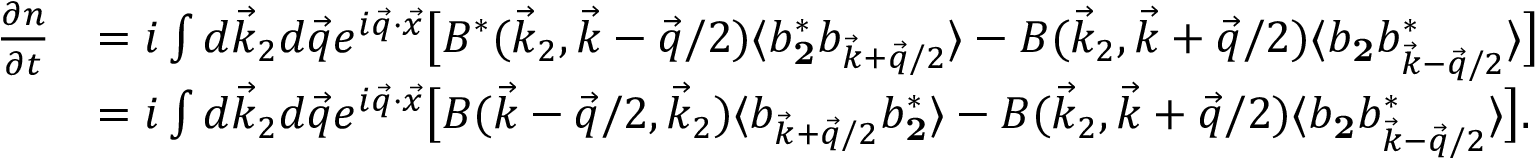
\begin{array} { r l } { \frac { \partial n } { \partial t } } & { = i \int d \vec { k } _ { 2 } d \vec { q } e ^ { i \vec { q } \cdot \vec { x } } \big [ B ^ { * } ( \vec { k } _ { 2 } , \vec { k } - \vec { q } / 2 ) \langle b _ { \mathbf 2 } ^ { * } b _ { \vec { k } + \vec { q } / 2 } \rangle - B ( \vec { k } _ { 2 } , \vec { k } + \vec { q } / 2 ) \langle b _ { \mathbf 2 } b _ { \vec { k } - \vec { q } / 2 } ^ { * } \rangle \big ] } \\ & { = i \int d \vec { k } _ { 2 } d \vec { q } e ^ { i \vec { q } \cdot \vec { x } } \big [ B ( \vec { k } - \vec { q } / 2 , \vec { k } _ { 2 } ) \langle b _ { \vec { k } + \vec { q } / 2 } b _ { \mathbf 2 } ^ { * } \rangle - B ( \vec { k } _ { 2 } , \vec { k } + \vec { q } / 2 ) \langle b _ { \mathbf 2 } b _ { \vec { k } - \vec { q } / 2 } ^ { * } \rangle \big ] . } \end{array}